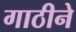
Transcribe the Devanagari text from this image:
गाठीने